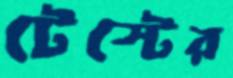
টেস্টের